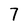
Character: 7